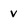
Character: V